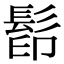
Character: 𩬵